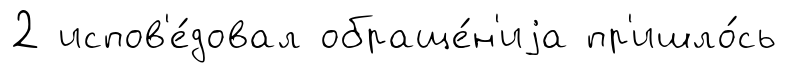
2 испов'е́довал обраще́н'иjа пр'ишло́сь